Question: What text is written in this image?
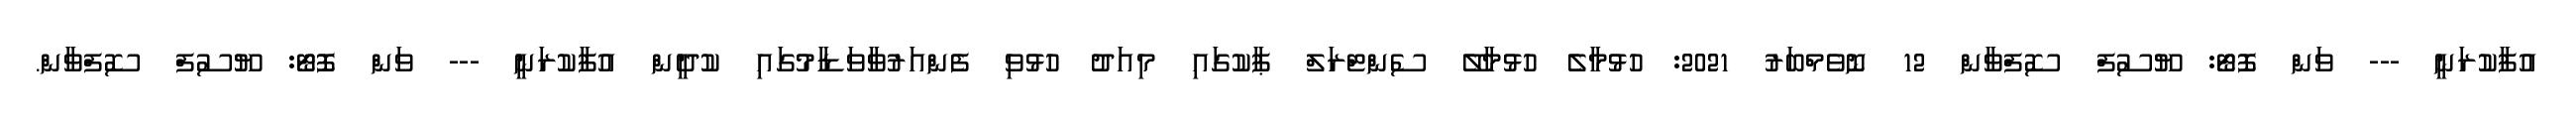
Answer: އުފާކުރަނީ --- ވަން ފޮޓޯ: ޔޫސުފް ސޮފްވާން 12 ނޮވެމްބަރު 2021: ހުޅުމާލެ ހުޅުމާލޭ ސެންޓްރަލް ޕާކުގައި މިއަދު ހުޅުވި ފެންއަރުވާވަޑާމުގައި ކުދީން އުފާކުރަނީ --- ވަން ފޮޓޯ: ޔޫސުފް ސޮފްވާން.